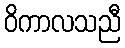
ဝိကာလသညီ